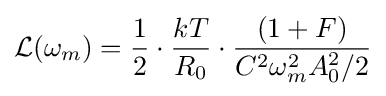
{\mathcal {L}}(\omega _{m})={\frac {1}{2}}\cdot {\frac {kT}{R_{0}}}\cdot {\frac {(1+F)}{C^{2}\omega _{m}^{2}A_{0}^{2}/2}}